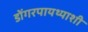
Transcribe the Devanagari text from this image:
डोंगरपायथ्याशी